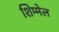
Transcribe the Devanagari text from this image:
शिम्मेल